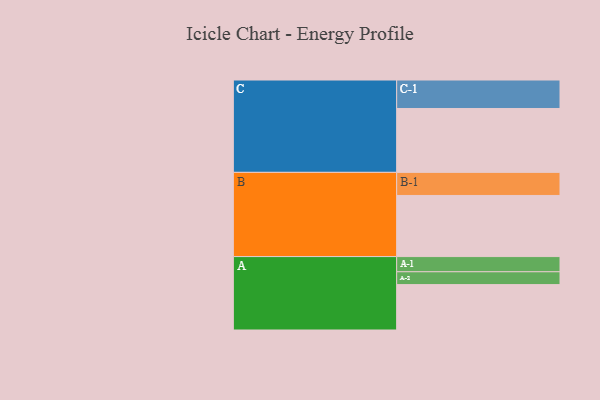
{"axis": {"x": "Segment", "y": "Value"}, "legend": ["", "A", "B", "C"], "data": [{"x": "A", "y": 395, "type": ""}, {"x": "B", "y": 532, "type": ""}, {"x": "C", "y": 556, "type": ""}, {"x": "A-1", "y": 132, "type": "A"}, {"x": "A-2", "y": 112, "type": "A"}, {"x": "B-1", "y": 201, "type": "B"}, {"x": "C-1", "y": 248, "type": "C"}]}